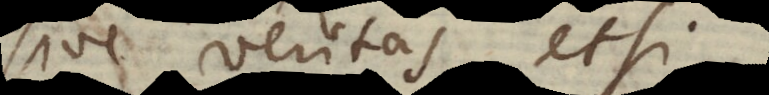
sive veritas, etsi